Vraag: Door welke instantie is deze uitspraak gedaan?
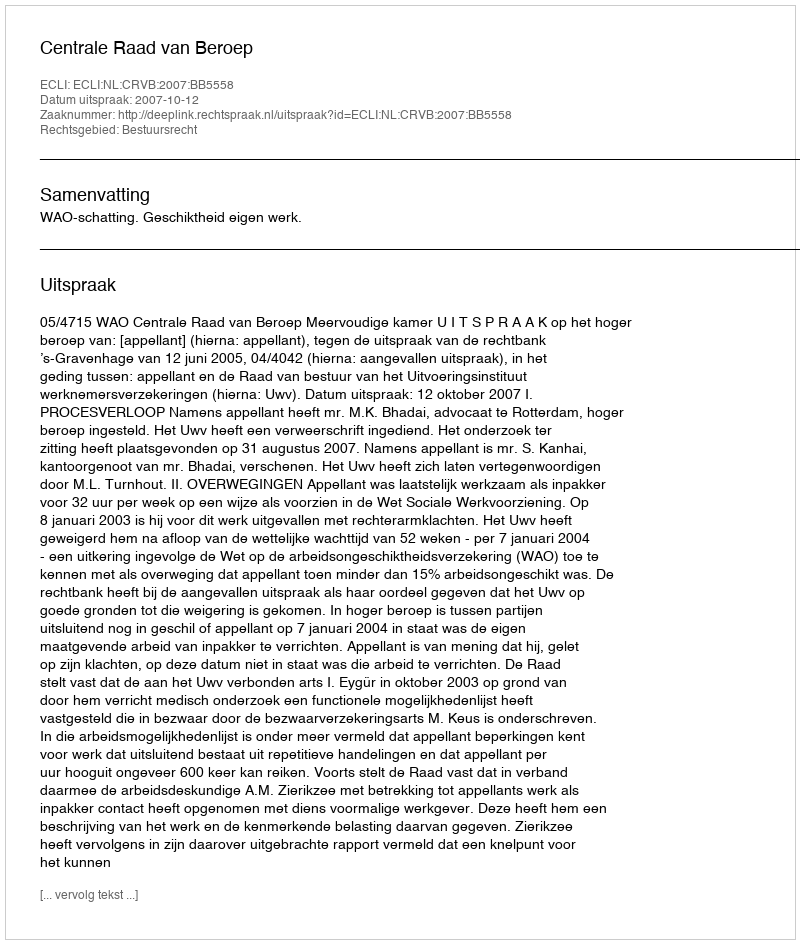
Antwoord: Centrale Raad van Beroep